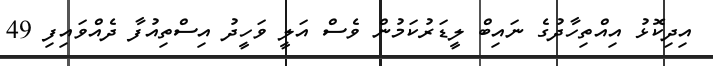
އިދިކޮޅު އިއްތިހާދުގެ ނައިބް ލީޑަރުކަމުން ވެސް އަލީ ވަހީދު އިސްތިއުފާ ދެއްވައިފި 49